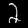
Label: 2